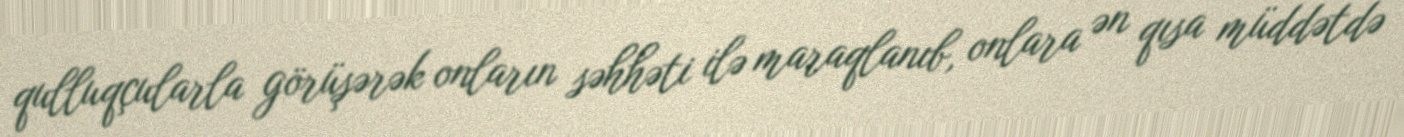
qulluqçularla görüşərək onların səhhəti ilə maraqlanıb, onlara ən qısa müddətdə